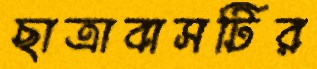
ছাত্রাবাসটির